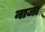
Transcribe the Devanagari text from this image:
नाजा